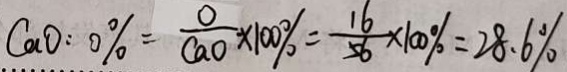
C a O : 0 \% = \frac { o } { C a O } \times 1 0 0 \% = \frac { 1 6 } { 5 6 } \times 1 0 0 \% = 2 8 . 6 \%